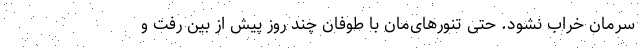
سرمان خراب نشود. حتی تنورهای‌مان با طوفان چند روز پیش از بین رفت و